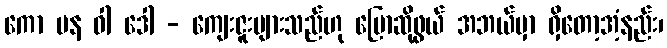
ကော ပန ဝါ ဒေါ - ကျေးဇူးများသည်ဟု ပြောဆိုဖွယ် အဘယ်မှာ ရှိတော့အံ့နည်း၊